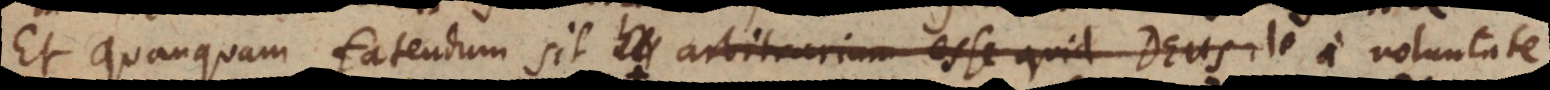
Et quanquam fatendum sit arbitrarium esse quid Deus de a voluntate